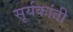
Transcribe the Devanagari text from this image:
सूर्यकांती